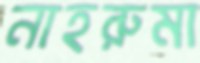
নাহরুমা